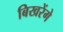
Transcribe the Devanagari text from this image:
बिखरेंगे